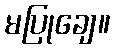
မပြုချေ။